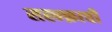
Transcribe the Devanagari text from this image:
सह्न्क्राची